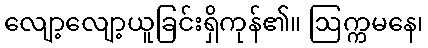
လျော့လျော့ယူခြင်းရှိကုန်၏။ ဩက္ကမနေ၊